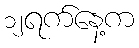
၁၂ရက်နေ့က